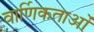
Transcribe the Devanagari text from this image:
वार्णिकताओं